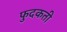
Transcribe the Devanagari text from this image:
फुदकती